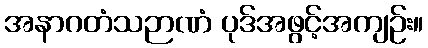
အနာဂတံသဉာဏံ ပုဒ်အဖွင့်အကျဉ်း။